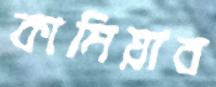
কামিয়াব